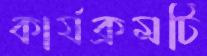
কার্যক্রমটি